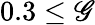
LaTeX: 0.3\leq\mathscr{G}